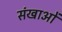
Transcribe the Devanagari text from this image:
संखाओं